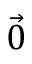
\vec { 0 }